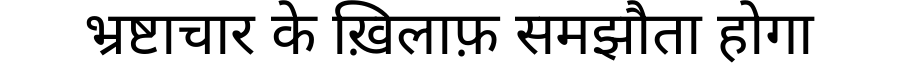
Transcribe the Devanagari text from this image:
भ्रष्टाचार के ख़िलाफ़ समझौता होगा